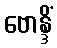
ဗောန္ဒိံ